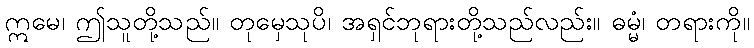
ဣမေ၊ ဤသူတို့သည်။ တုမှေသုပိ၊ အရှင်ဘုရားတို့သည်လည်း။ ဓမ္မံ၊ တရားကို။